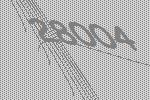
28004